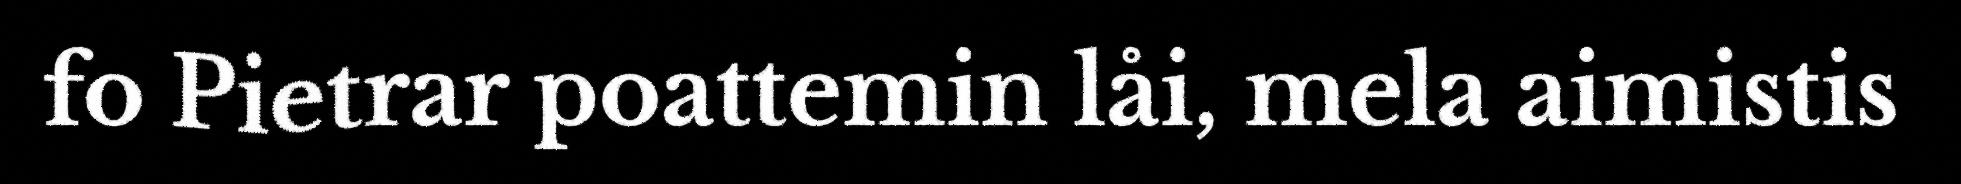
fo Pietrar poattemin låi, mela aimistis